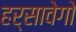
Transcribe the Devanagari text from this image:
हर्सावेगो